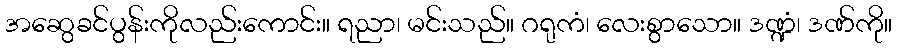
အဆွေခင်ပွန်းကိုလည်းကောင်း။ ရညာ၊ မင်းသည်။ ဂရုကံ၊ လေးစွာသော။ ဒဏ္ဍံ၊ ဒဏ်ကို။